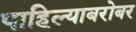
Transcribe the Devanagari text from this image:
पाहिल्याबरोबर